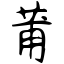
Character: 莆